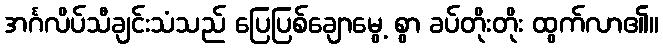
အင်္ဂလိပ်သီချင်းသံသည် ပြေပြစ်ချောမွေ့ စွာ ခပ်တိုးတိုး ထွက်လာ၏။